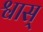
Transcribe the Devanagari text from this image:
श्वास्